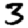
Digit: 3